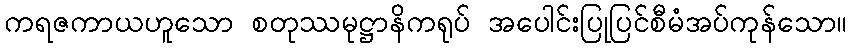
ကရဇကာယဟူသော စတုဿမုဋ္ဌာနိကရုပ် အပေါင်းပြုပြင်စီမံအပ်ကုန်သော။